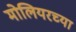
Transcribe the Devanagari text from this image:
मोलियरच्या